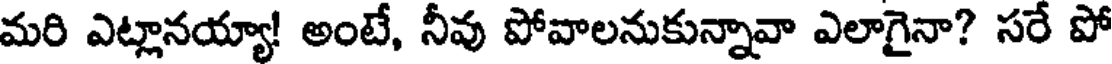
మరి ఎట్లానయ్యా! అంటే, నీవు పోవాలనుకున్నావా ఎలాగైనా? సరే పో